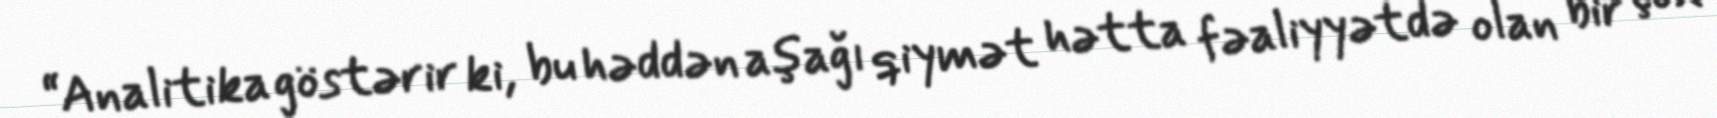
“Analitika göstərir ki, bu həddən aşağı qiymət hətta fəaliyyətdə olan bir çox